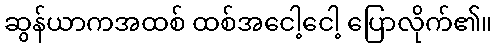
ဆွန်ယာကအထစ် ထစ်အငေါ့ငေါ့ ပြောလိုက်၏။